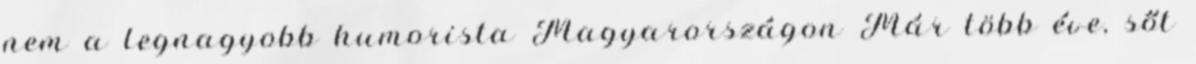
nem a legnagyobb humorista Magyarországon Már több éve, sőt